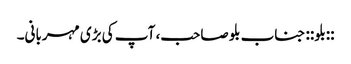
::بلو:: جناب بلو صاحب، آپ کی بڑی مہربانی۔